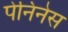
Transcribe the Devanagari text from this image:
पेनिनेस